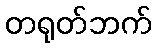
တရုတ်ဘက်